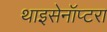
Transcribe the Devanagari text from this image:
थाइसेनॉप्टरा